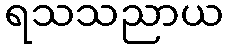
ရသသညာယ